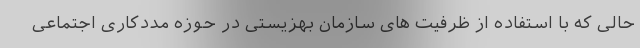
حالی که با استفاده از ظرفیت های سازمان بهزیستی در حوزه مددکاری اجتماعی